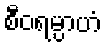
စီဝရမ္ပာဟံ